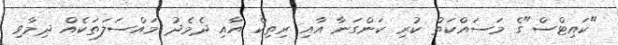
"ކައިޓްސް"ގެ މަސައްކަތް ކުރި ކަންގަނާ އާއި ރިތިކް އާއި ދެމެދު މައްސަލަތަކެއް ދިމާވި